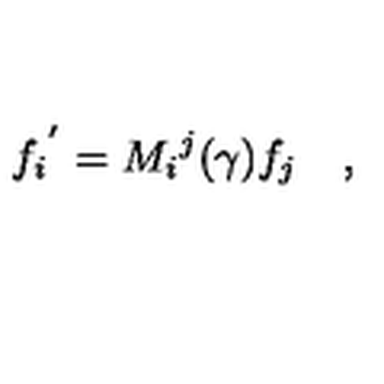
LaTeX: { f _ { i } } ^ { ' } = { M _ { i } } ^ { j } ( \gamma ) f _ { j } \quad ,